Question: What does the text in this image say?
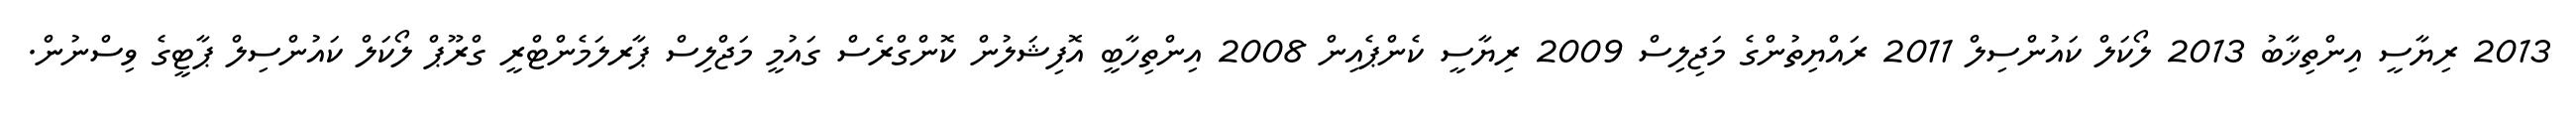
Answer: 2013 ރިޔާސީ އިންތިޚާބު 2013 ލޯކަލް ކައުންސިލް 2011 ރައްޔިތުންގެ މަޖިލިސް 2009 ރިޔާސީ ކެންޕެއިން 2008 އިންތިހާބީ އޮފިޝަލުން ކޮންގްރެސް ގައުމީ މަޖްލިސް ޕާރލަމެންޓްރީ ގްރޫޕް ލޯކަލް ކައުންސިލް ޕާޓީގެ ވިސްނުން.